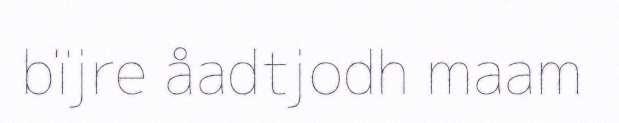
bïjre åadtjodh maam